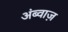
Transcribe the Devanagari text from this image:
अंब्वाज़